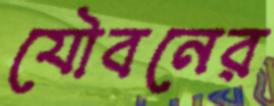
যৌবনের